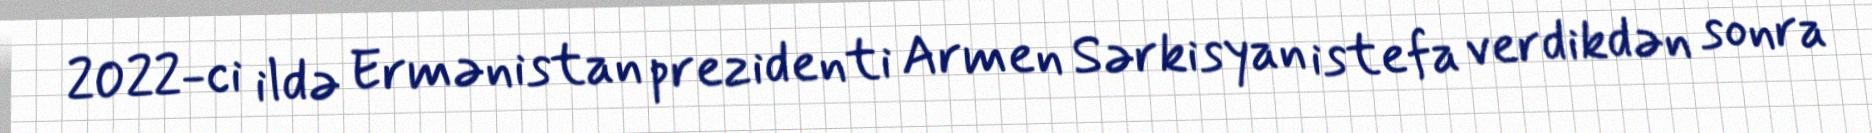
2022-ci ildə Ermənistan prezidenti Armen Sərkisyan istefa verdikdən sonra